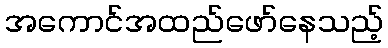
အကောင်အထည်ဖော်နေသည့်